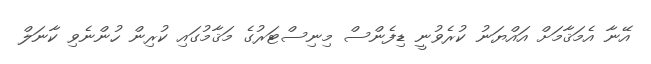
އޭނާ އެމަޤާމަށް އައްޔަނު ކުރެވުނީ ޑިފެންސް މިނިސްޓަރުގެ މަޤާމުގައި ކުރިން ހުންނެވި ކާނަލް